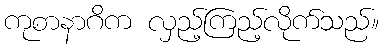
ကုစာနာဂိက လှည့်ကြည့်လိုက်သည်။